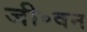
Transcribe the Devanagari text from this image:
जी॰वन